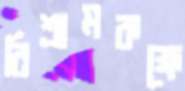
বিশ্রামকক্ষে